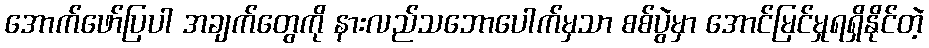
အောက်ဖော်ပြပါ အချက်တွေကို နားလည်သဘောပေါက်မှသာ စစ်ပွဲမှာ အောင်မြင်မှုရရှိနိုင်တဲ့